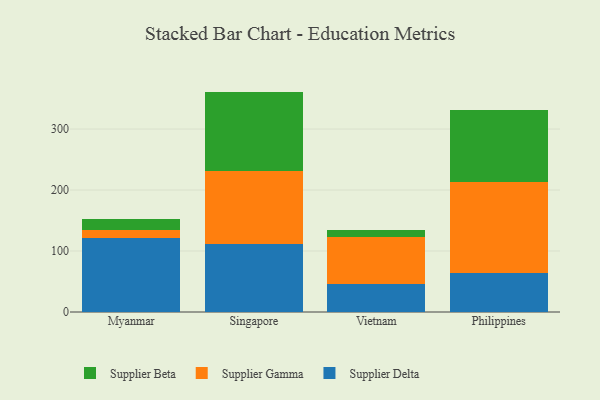
{"axis": {"x": "Country", "y": "Waste Production (Tons)"}, "legend": ["Supplier Beta", "Supplier Delta", "Supplier Gamma"], "data": [{"x": "Myanmar", "y": 121.1, "type": "Supplier Delta"}, {"x": "Myanmar", "y": 13.3, "type": "Supplier Gamma"}, {"x": "Myanmar", "y": 18.3, "type": "Supplier Beta"}, {"x": "Singapore", "y": 111.6, "type": "Supplier Delta"}, {"x": "Singapore", "y": 120.0, "type": "Supplier Gamma"}, {"x": "Singapore", "y": 129.8, "type": "Supplier Beta"}, {"x": "Vietnam", "y": 45.2, "type": "Supplier Delta"}, {"x": "Vietnam", "y": 78.2, "type": "Supplier Gamma"}, {"x": "Vietnam", "y": 10.8, "type": "Supplier Beta"}, {"x": "Philippines", "y": 63.4, "type": "Supplier Delta"}, {"x": "Philippines", "y": 149.9, "type": "Supplier Gamma"}, {"x": "Philippines", "y": 118.5, "type": "Supplier Beta"}]}